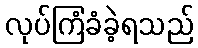
လုပ်ကြံခံခဲ့ရသည်